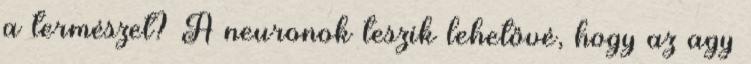
a természet? A neuronok teszik lehetővé, hogy az agy